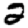
Digit: 2